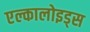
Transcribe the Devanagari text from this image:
एल्कालोइड्स